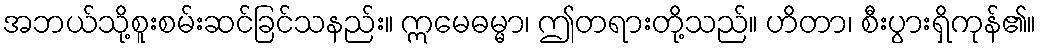
အဘယ်သို့စူးစမ်းဆင်ခြင်သနည်း။ ဣမေဓမ္မာ၊ ဤတရားတို့သည်။ ဟိတာ၊ စီးပွားရှိကုန်၏။